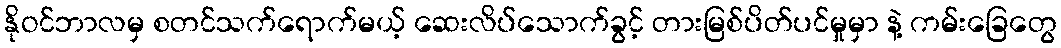
နိုဝင်ဘာလမှ စတင်သက်ရောက်မယ့် ဆေးလိပ်သောက်ခွင့် တားမြစ်ပိတ်ပင်မှုမှာ နဲ့ ကမ်းခြေတွေ